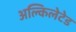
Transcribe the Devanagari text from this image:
अल्किलेटेड